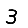
Digit: 3